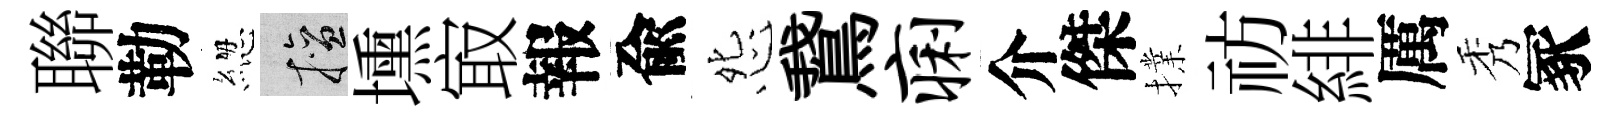
聯勒緫擅壎㝡報兪怨鵞痢介傑擈祊緋厲秀冢